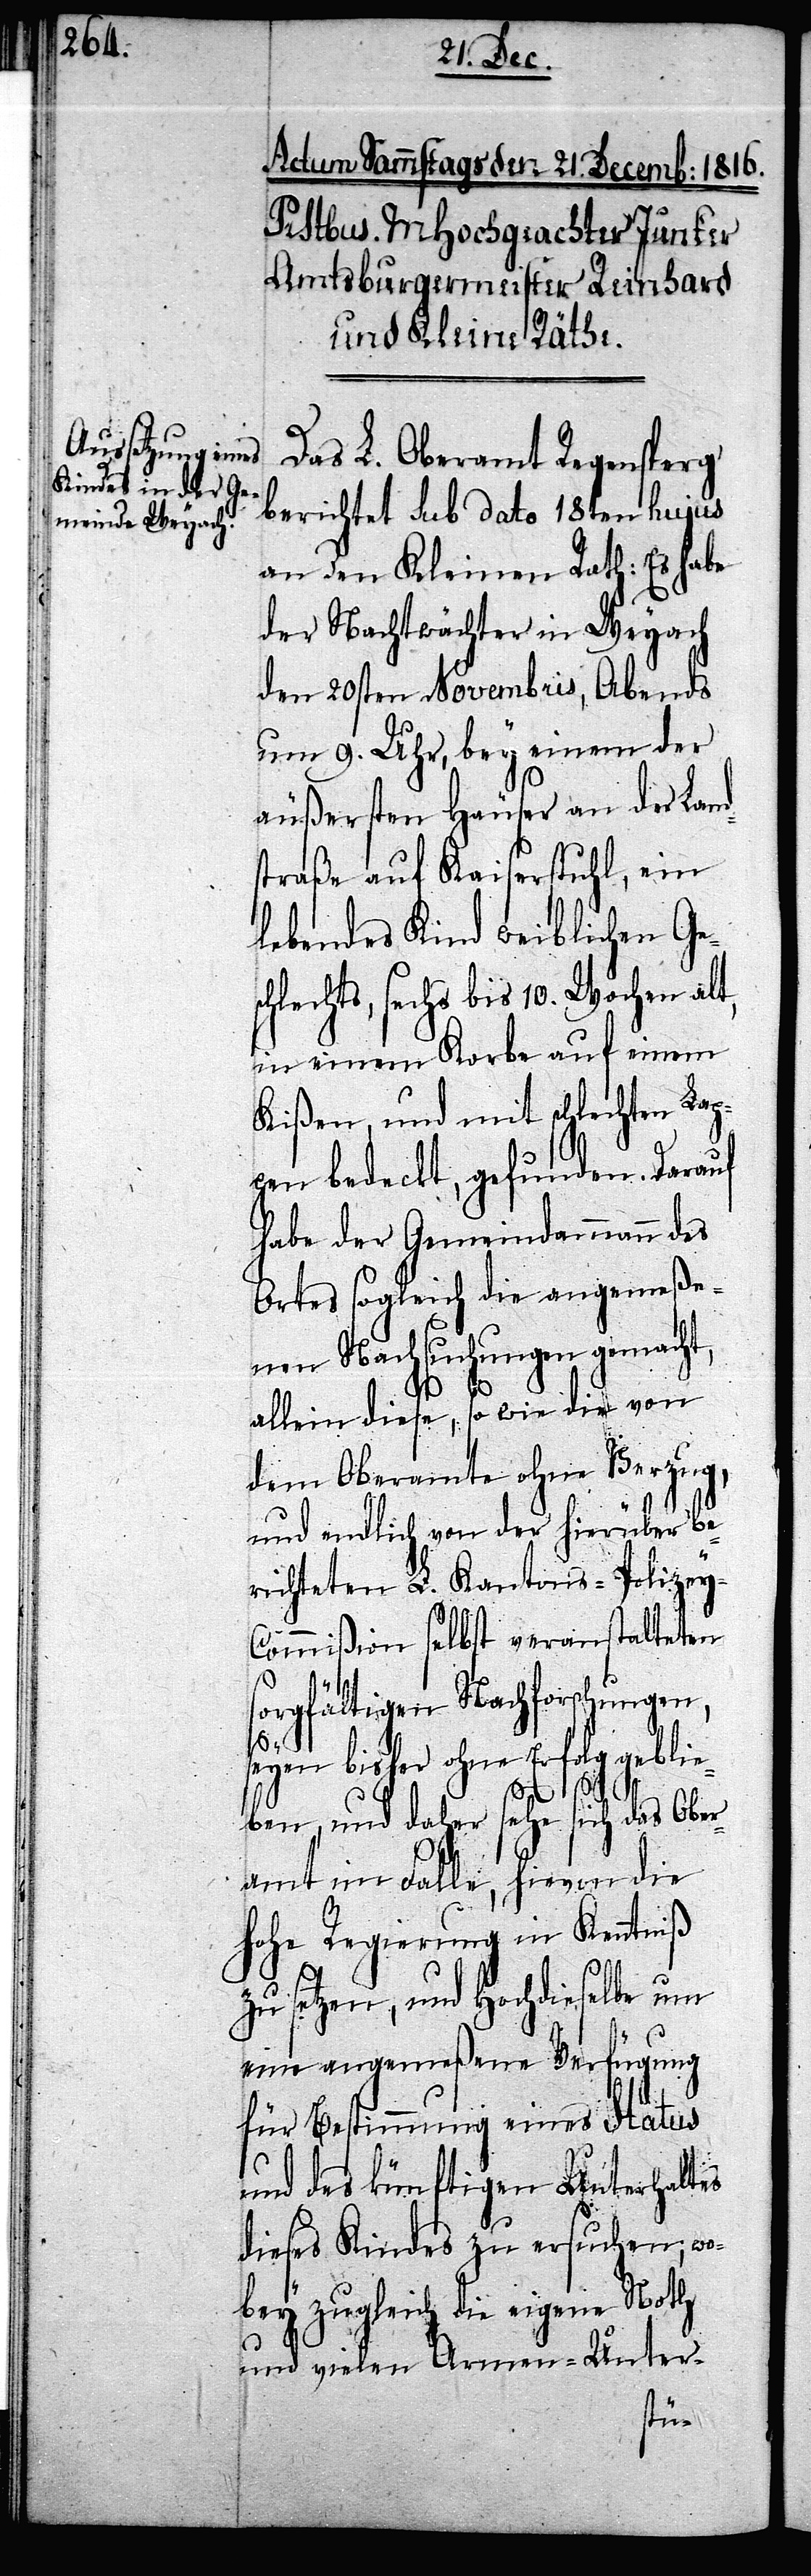
Das L. Oberamt Regensperg
berichtet sub dato 18ten hujus
an den Kleinen Rath: Es habe
der Nachtwächter in Weyach
den 20sten Novembris, Abends
um 9. Uhr, bey einem der
äußersten Häuser an der Land¬
straße auf Kaiserstuhl, ein
lebendes Kind weiblichen Ges¬
chlechts, sechs bis 10. Wochen alt,
in einem Korbe auf einem
Kißen, und mit schlechten Lap¬
pen bedeckt, gefunden. Darauf
habe der Gemeindammann des
Ortes sogleich die angemeße¬
nen Nachsuchungen gemacht,
allein diese, so wie die von
dem Oberamte ohne Verzug,
und endlich von der hierüber be¬
richteten L. Kantons-Polizey-C¬
ommißion selbst veranstalteten
sorgfältigen Nachforschungen,
seyen bisher ohne Erfolg gebli¬
eben, und daher sehe sich das Ober¬
amt im Falle, hievon die
Hohe Regierung in Kenntniß
zu setzen, und Hochdieselbe um
eine angemeßene Verfügung
für Bestimmung eines Status
und des künftigen Unterhaltes
dieses Kindes zu ersuchen; wo¬
bey zugleich die eigene Noth
und vielen Armen-Unter-